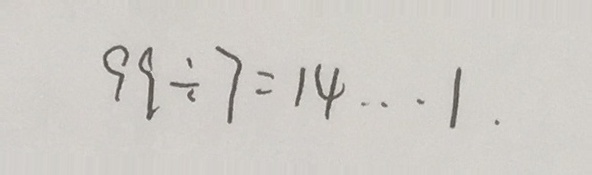
9 9 \div 7 = 1 4 \cdots 1 \cdot